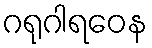
ဂရုဂါရဝေန